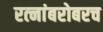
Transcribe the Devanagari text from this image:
रत्‍नांबरोबरच